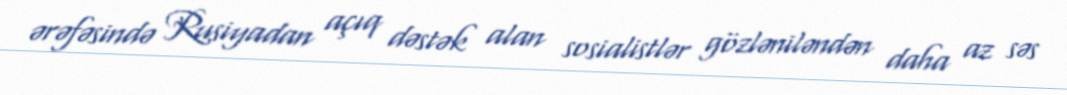
ərəfəsində Rusiyadan açıq dəstək alan sosialistlər gözləniləndən daha az səs